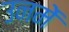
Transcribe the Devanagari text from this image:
उनमेें